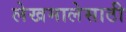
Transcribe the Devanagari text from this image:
लेखमालेसाठी